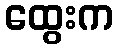
ထွေးက